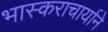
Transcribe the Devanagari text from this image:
भास्कराचार्याने